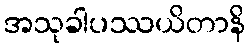
အသုခါပဿယိတာနိ